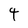
Character: 4